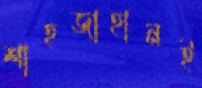
শাহজাহানই